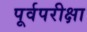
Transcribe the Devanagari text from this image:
पूर्वपरीक्षा